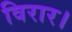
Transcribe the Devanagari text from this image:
विरार।